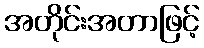
အတိုင်းအတာဖြင့်